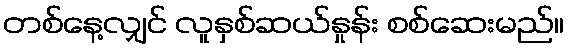
တစ်နေ့လျှင် လူနှစ်ဆယ်နှုန်း စစ်ဆေးမည်။